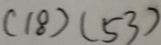
( 1 8 ) ( 5 3 )